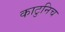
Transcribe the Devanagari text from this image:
काटुनिच